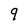
Character: 9